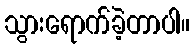
သွားရောက်ခဲ့တာပါ။